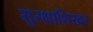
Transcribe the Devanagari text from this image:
सुरक्षाशिखर